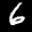
Label: 6